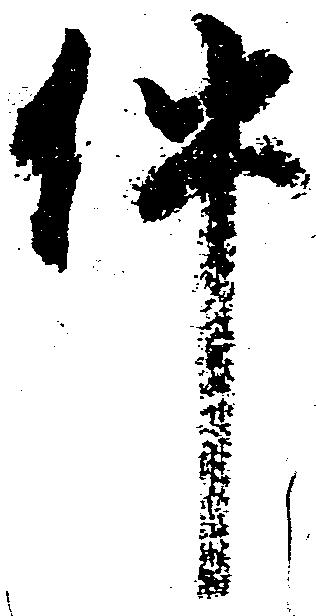
件